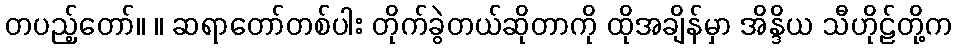
တပည့်တော်။ ။ ဆရာတော်တစ်ပါး တိုက်ခွဲတယ်ဆိုတာကို ထိုအချိန်မှာ အိန္ဒိယ သီဟိုဠ်တို့က